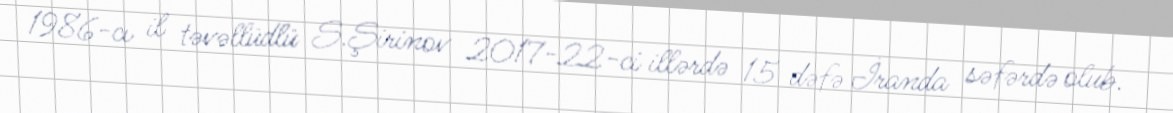
1986-cı il təvəllüdlü S.Şirinov 2017-22-ci illərdə 15 dəfə İranda səfərdə olub.